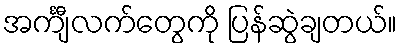
အင်္ကျီလက်တွေကို ပြန်ဆွဲချတယ်။